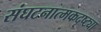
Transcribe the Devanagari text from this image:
संघटनात्मकदृष्ट्या